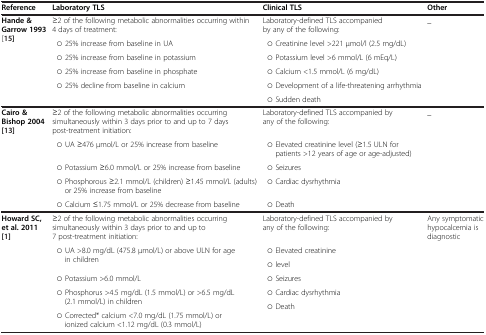
| Reference | Laboratory TLS | Clinical TLS | Other |
 | --- | --- | --- | --- |
 | Hande & Garrow 1993[15]] | ≥2 of the following metabolic abnormalities occurring within 4 days of treatment: | Laboratory-defined TLS accompanied by any of the following: | _ |
 |  | ○ 25% increase from baseline in UA | ○ Creatinine level >221 μmol/l (2.5 mg/dL) |  |
 |  | ○ 25% increase from baseline in potassium | ○ Potassium level >6 mmol/L (6 mEq/L) |  |
 |  | ○ 25% increase from baseline in phosphate | ○ Calcium <1.5 mmol/L (6 mg/dL) |  |
 |  | ○ 25% decline from baseline in calcium | ○ Development of a life-threatening arrhythmia |  |
 |  |  | ○ Sudden death |  |
 | Cairo & Bishop 2004[[13]] | ≥2 of the following metabolic abnormalities occurring simultaneously within 3 days prior to and up to 7 days post-treatment initiation: | Laboratory-defined TLS accompanied by any of the following: | _ |
 |  | ○ UA ≥476 μmol/L or 25% increase from baseline | ○ Elevated creatinine level (≥1.5 ULN for patients >12 years of age or age-adjusted) |  |
 |  | ○ Potassium ≥6.0 mmol/L or 25% increase from baseline | ○ Seizures |  |
 |  | ○ Phosphorous ≥2.1 mmol/L (children) ≥1.45 mmol/L (adults) or 25% increase from baseline | ○ Cardiac dysrhythmia |  |
 |  | ○ Calcium ≤1.75 mmol/L or 25% decrease from baseline | ○ Death |  |
 | Howard SC, et al. 2011[[1]] | ≥2 of the following metabolic abnormalities occurring simultaneously within 3 days prior to and up to 7 post-treatment initiation: | Laboratory-defined TLS accompanied by any of the following: | Any symptomatic hypocalcemia is diagnostic |
 |  | ○ UA >8.0 mg/dL (475.8 μmol/L) or above ULN for age in children | ○ Elevated creatinine |  |
 |  |  | ○ level |  |
 |  | ○ Potassium >6.0 mmol/L | ○ Seizures |  |
 |  | ○ Phosphorus >4.5 mg/dL (1.5 mmol/L) or >6.5 mg/dL (2.1 mmol/L) in children | ○ Cardiac dysrhythmia |  |
 |  |  | ○ Death |  |
 |  | ○ Corrected* calcium <7.0 mg/dL (1.75 mmol/L) or ionized calcium <1.12 mg/dL (0.3 mmol/L) |  |  |